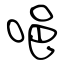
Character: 唈